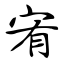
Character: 宥